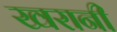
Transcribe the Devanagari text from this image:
खरानी